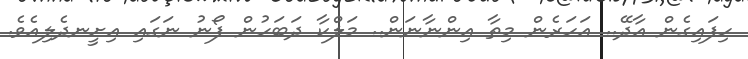
ހިފައިގެން އާދޭ.. އަހަރެން މިތާ އިންނާނަން.. މަލްކާ ދަބަހުން ފޯނު ނަގައި އިށީނދެލިއެވެ.